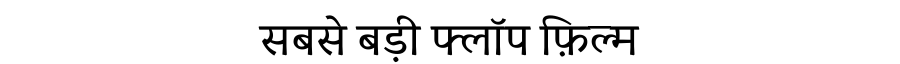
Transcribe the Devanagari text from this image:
सबसे बड़ी फ्लॉप फ़िल्म